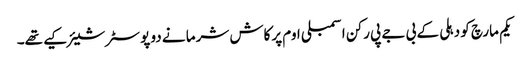
یکم مارچ کو دہلی کے بی جے پی رکن اسمبلی اوم پرکاش شرما نے دو پوسٹر شیئر کیے تھے۔